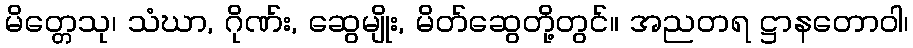
မိတ္တေသု၊ သံဃာ, ဂိုဏ်း, ဆွေမျိုး, မိတ်ဆွေတို့တွင်။ အညတရ ဋ္ဌာနတောဝါ၊